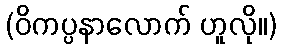
(ဝိကပ္ပနာလောက် ဟူလို။)